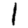
Digit: 1